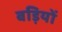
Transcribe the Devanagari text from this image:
बड़ियों